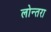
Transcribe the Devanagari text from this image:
लोन्तरा